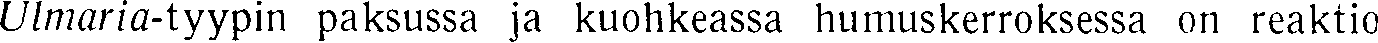
Ulmaria-tyypin paksussa ja kuohkeassa humuskerroksessa on reaktio